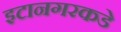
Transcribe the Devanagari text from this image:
इटानगरकडे